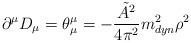
LaTeX: \begin{align*}\partial^{\mu} D_{\mu} = \theta^{\mu}_{\mu} = - \frac{\tilde{A}^2}{4 \pi^2} m_{dyn}^2 \rho^2 \end{align*}